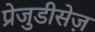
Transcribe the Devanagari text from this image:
प्रेजुडीसेज़